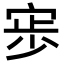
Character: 𭓷